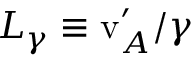
L _ { \gamma } \equiv \mathrm { v } _ { A } ^ { \prime } / \gamma